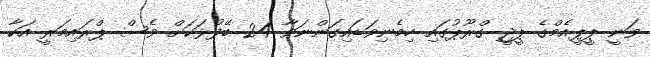
ވަނީ ޕީޕީއެމްގެ ޕީޖީ ގްރޫޕުގައި ހިމެނިވަޑައިގަންނަވާ 24 ބޭފުޅަކަށް ވެސް ޕްރައިމަރީ އަކާ